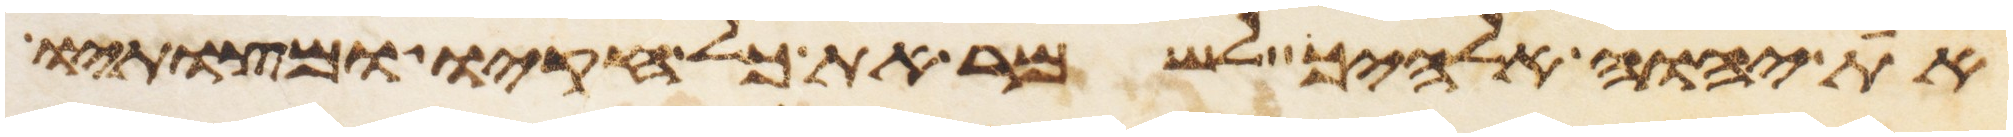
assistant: את יהוה אלהיך לשמר את כל חקיו ומצותיו